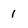
Character: 1